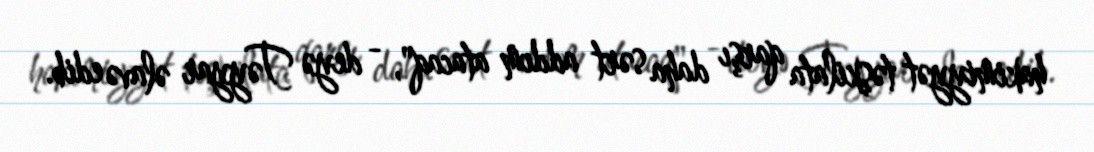
hakimiyyət təşkilata qarşı daha sərt addım atacaq", - deyə Təyyar əlavə edib.